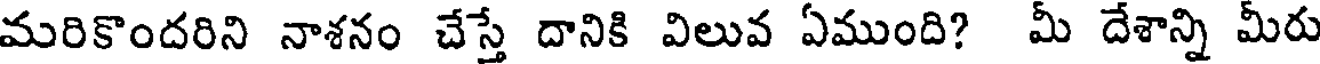
మరికొందరిని నాశనం చేస్తే దానికి విలువ ఏముంది? మీ దేశాన్ని మీరు